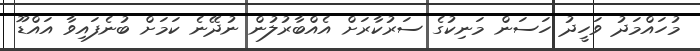
މުހައްމަދު ވަހީދު ހަސަން މަނިކުގެ ސަރުކާރަށް އެއްބާރުލުން ނުދޭނެ ކަމަށް ބުނެފައިވާ އައްޑޫ